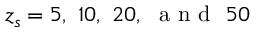
z _ { s } = 5 , \ 1 0 , \ 2 0 , \ \mathrm { ~ a ~ n ~ d ~ } \ 5 0